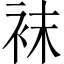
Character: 袜